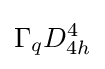
\Gamma _{q}D_{4h}^{4}